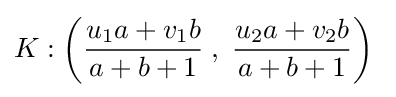
K:\left({\frac {u_{1}a+v_{1}b}{a+b+1}}\;,\;{\frac {u_{2}a+v_{2}b}{a+b+1}}\right)\